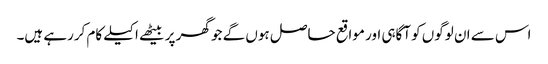
اس سے ان لوگوں کو آگاہی اور مواقع حاصل ہوں گے جو گھر پر بیٹھے اکیلے کام کررہے ہیں۔